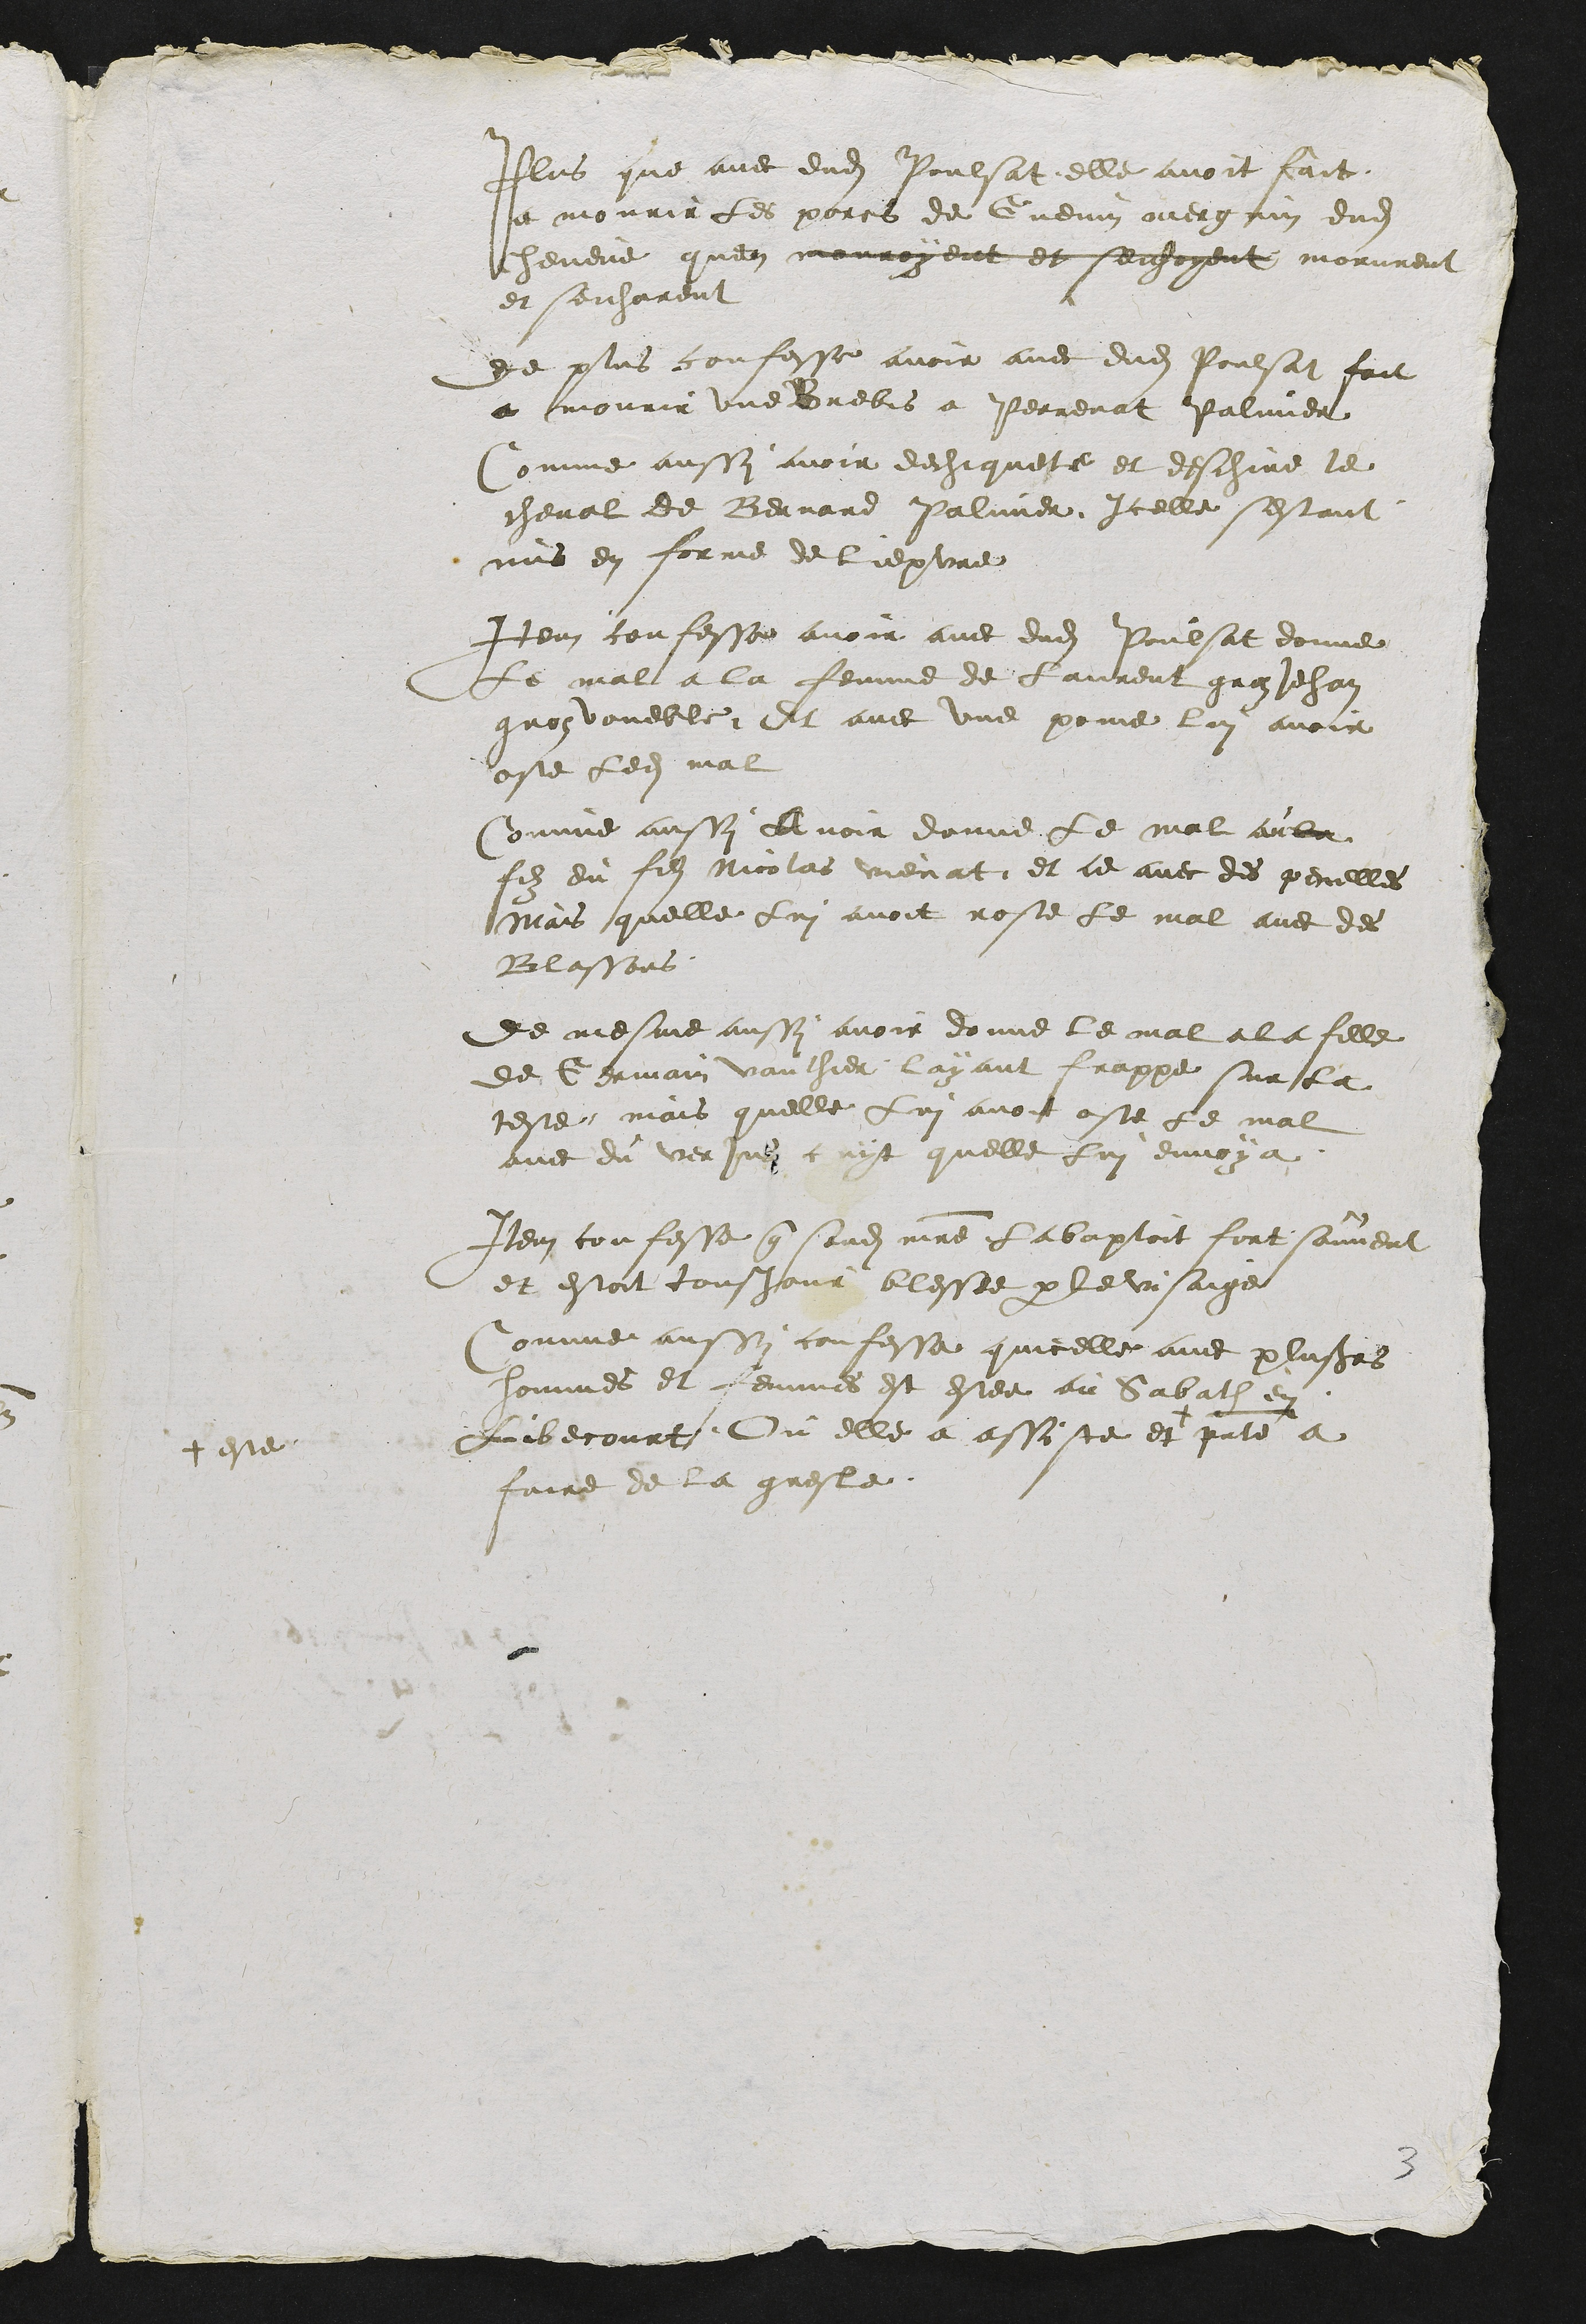
Plus que avec dudit Poulsat elle avoit fait
ne mourir les porcs de Guenin avergnin dudit
hevene quen mouroyent et sechoyent morurent
et seicharent
de plus confesse avoir avec dudit Poulsat foit
a mourir une Brebis a Perrenat valiner
Comme aussy avoir dechaquete et deschire le
cheval de Bernard Saliner Icelle sestant
mis en forme de lieptre
Item confesse avoir avec dudit Poulsat donne
Le mal a la femme de fairent gra Jehan
gros voueble Et avec une pomme lui avoir
oste ledit mal
Comme aussy loir donne le mal au la
fils du fils Nicolas vienat et ce avec des perelles
Mais quelle Lui avoit rosse le mal avec des
Blassons
de mesme aussy avoir donne le mal a la fille
de Germain vauthier layant frappe sur la
teste mais quelle Lui avoit oste le mal
avec du ver jus cuyt quelle lui envoya
Item confesse que sondit maitre La baptoit fort souvent
et estoit tousjour blessee par le visaige
Comme aussy confesse quicelle avec plusieurs
hommes et femmes est estee au Sabath en
becourt Ou elle a assiste et +
patte a
+ este
faire de la gresle